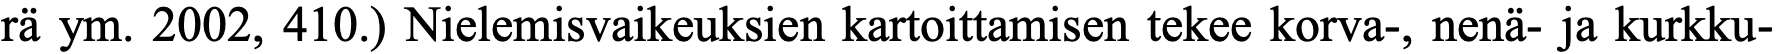
rä ym. 2002, 410.) Nielemisvaikeuksien kartoittamisen tekee korva-, nenä- ja kurkku-